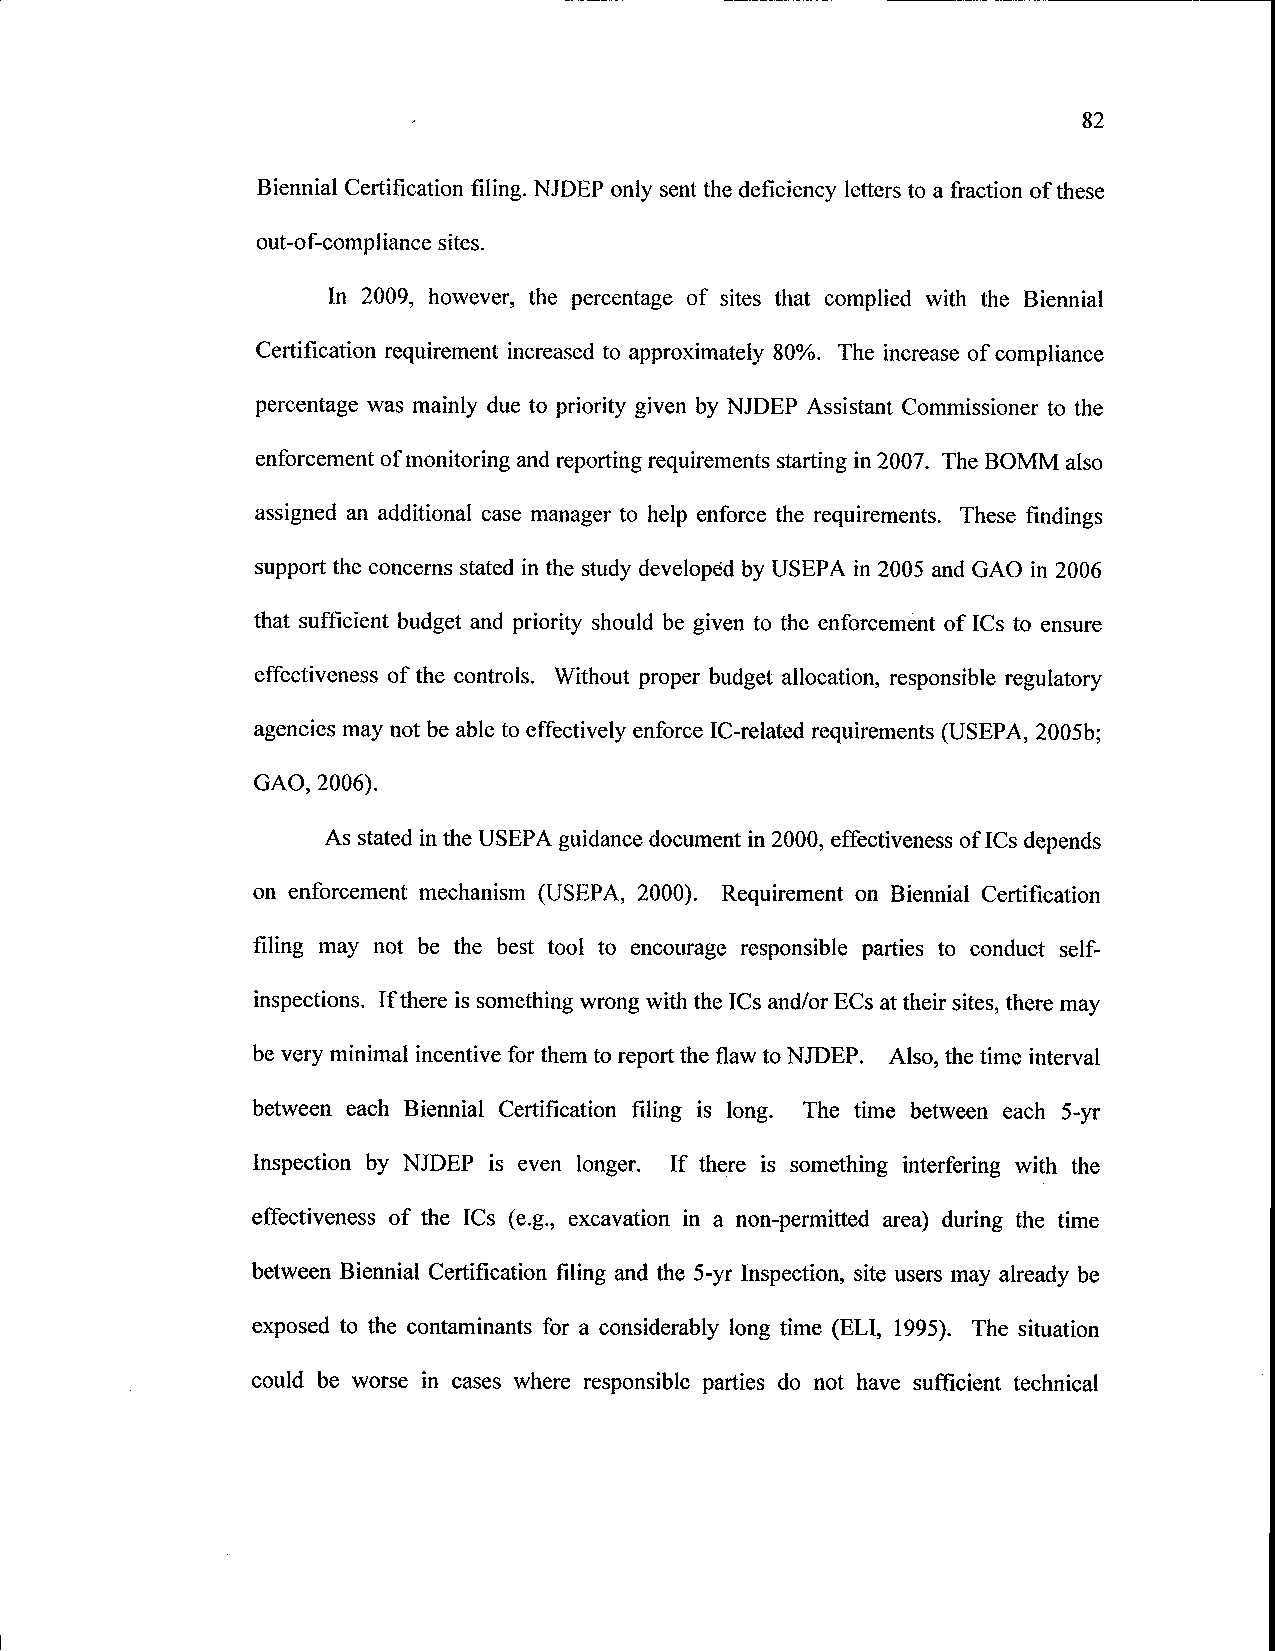
82
 Biennial Certification filing. NJDEP only sent the deficiency letters to a fraction of these
 out-of-compliance sites.
 In 2009, however, the percentage of sites that complied with the Biennial
 Certification requirement increased to approximately 80%. The increase of compliance
 percentage was mainly due to priority given by NJDEP Assistant Commissioner to the
 enforcement of monitoring and reporting requirements starting in 2007. The BOMM also
 assigned an additional case manager to help enforce the requirements. These findings
 support the concerns stated in the study developed by USEPA in 2005 and GAO in 2006
 that sufficient budget and priority should be given to the enforcement of ICs to ensure
 effectiveness of the controls. Without proper budget allocation, responsible regulatory
 agencies may not be able to effectively enforce IC-related requirements (USEPA, 2005b;
 GAO, 2006).
 As stated in the USEPA guidance document in 2000, effectiveness of ICs depends
 on enforcement mechanism (USEPA, 2000). Requirement on Biennial Certification
 filing may not be the best tool to encourage responsible parties to conduct self-
 inspections. If there is something wrong with the ICs and/or ECs at their sites, there may
 be very minimal incentive for them to report the flaw to NJDEP. Also, the time interval
 between each Biennial Certification filing is long. The time between each 5-yr
 Inspection by NJDEP is even longer. If there is something interfering with the
 effectiveness of the ICs (e.g., excavation in a non-permitted area) during the time
 between Biennial Certification filing and the 5-yr Inspection, site users may already be
 exposed to the contaminants for a considerably long time (ELI, 1995). The situation
 could be worse in cases where responsible parties do not have sufficient technical